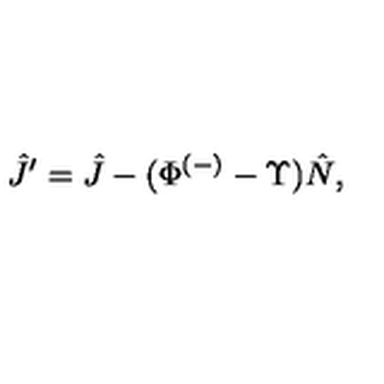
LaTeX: \hat { J } ^ { \prime } = \hat { J } - ( \Phi ^ { ( - ) } - \Upsilon ) \hat { N } ,